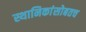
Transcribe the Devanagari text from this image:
स्थानिकांसोबतच